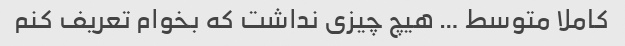
کاملا متوسط … هیچ چیزی نداشت که بخوام تعریف کنم